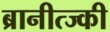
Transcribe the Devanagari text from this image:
ब्रानीत्ज्की